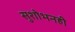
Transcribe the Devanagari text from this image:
सुशोभनही